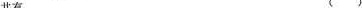
共有 （ ）